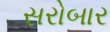
સરોબાર